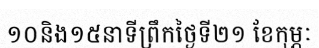
១០និង១៥នាទីព្រឹកថ្ងៃទី២១ ខែកុម្ភៈ